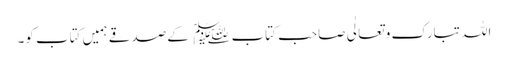
اللہ تبارک و تعالٰی صاحب کتاب﷑ کےصدقے ہمیں کتاب کو۔